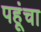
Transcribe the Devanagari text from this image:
पहूंचा